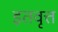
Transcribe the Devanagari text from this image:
इतवृत्त